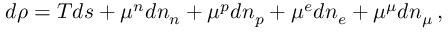
d \rho = T d s + \mu ^ { n } d n _ { n } + \mu ^ { p } d n _ { p } + \mu ^ { e } d n _ { e } + \mu ^ { \mu } d n _ { \mu } \, ,